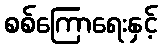
စစ်ကြောရေးနှင့်